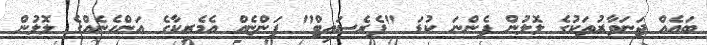
ބައެއް ޖަނަވާރުތަކުގެ ލޮލުން ފެންނަ ކުޑަ "ޕެރެސައިޓް" ފަންޏެއް އެމެރިކާގެ އަންހެނެއްގެ ލޮލުން